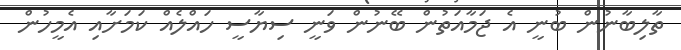
ތާލިބާނުން ބުނީ އެ ޖަމާއަތުން ބޭނުން ވަނީ ސިޔާސީ ހައްލެއް ކަމަށާއި އެމީހުން